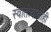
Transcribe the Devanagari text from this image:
स्वातंत्र्याचीही